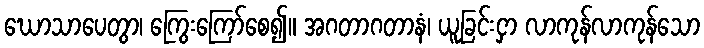
ဃောသာပေတွာ၊ ကြွေးကြော်စေ၍။ အဂတာဂတာနံ၊ ယူခြင်းငှာ လာကုန်လာကုန်သော